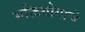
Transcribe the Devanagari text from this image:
भक्तियोगाचे